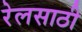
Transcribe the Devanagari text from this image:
रेलसाठी